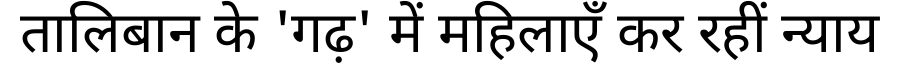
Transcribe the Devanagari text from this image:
तालिबान के 'गढ़' में महिलाएँ कर रहीं न्याय